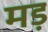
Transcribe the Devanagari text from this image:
मड़